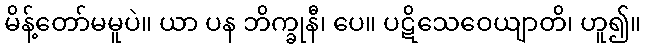
မိန့်တော်မမူပဲ။ ယာ ပန ဘိက္ခုနီ၊ ပေ။ ပဋိသေဝေယျာတိ၊ ဟူ၍။